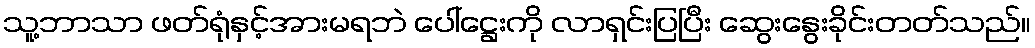
သူ့ဘာသာ ဖတ်ရုံနှင့်အားမရဘဲ ပေါ်ဋ္ဌေးကို လာရှင်းပြပြီး ဆွေးနွေးခိုင်းတတ်သည်။